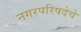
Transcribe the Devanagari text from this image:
नगरपरिषदेचे